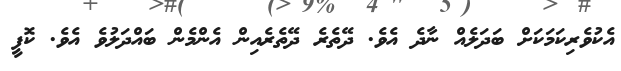
އެކުވެރިކަމަކަށް ބަދަލެއް ނާދެ އެވެ. ދޭތެރެ ދޭތެރެއިން އެންމެން ބައްދަލުވެ އެވެ. ކޮފީ